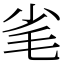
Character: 毟